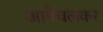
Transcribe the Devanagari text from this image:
आगेचलकर